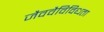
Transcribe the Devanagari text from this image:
जैववैविविधता